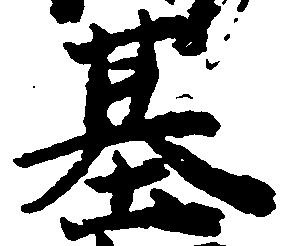
基